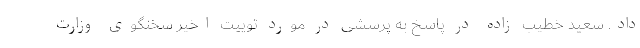
داد. سعید خطیب زاده در پاسخ به پرسشی در مورد توییت اخیر سخنگوی وزارت